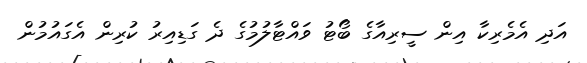
އަދި އެމެރިކާ އިން ސީރިއާގެ ބޯޓު ވައްޓާލުމުގެ ދެ ގަޑިއިރު ކުރިން އެގައުމުން